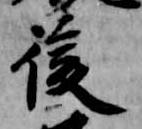
後